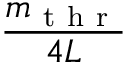
\frac { m _ { \mathrm { ~ t ~ h ~ r ~ } } } { 4 L }